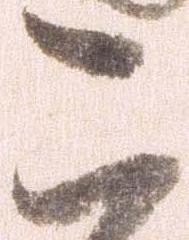
こ